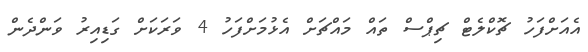
އެއަށްފަހު ޗޮކްލެޓް ޗިޕްސް ތައް މައްޗަށް އެޅުމަށްފަހު 4 ވަރަކަށް ގަޑިއިރު ވަންދެން